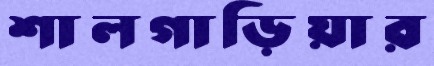
শালগাড়িয়ার